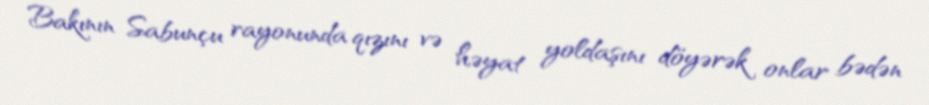
Bakının Sabunçu rayonunda qızını və həyat yoldaşını döyərək onlar bədən